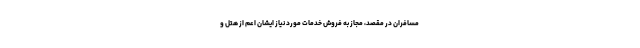
مسافران در مقصد، مجاز به فروش خدمات مورد نیاز ایشان اعم از هتل و